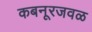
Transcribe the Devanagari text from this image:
कबनूरजवळ